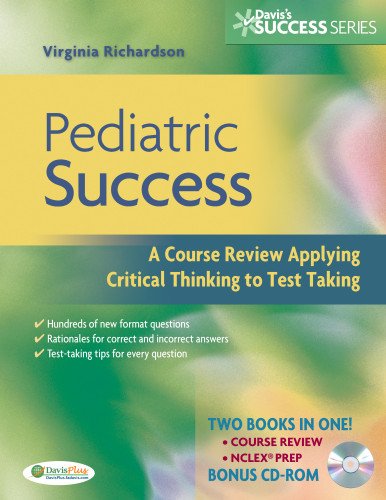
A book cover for Pediatric Success: A Course Review Applying Critical Thinking Skills to Test Taking (Davis Success Series); Beth Richardson PhD  RN  CPNP  FAANP; Medical Books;